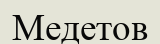
Медетов